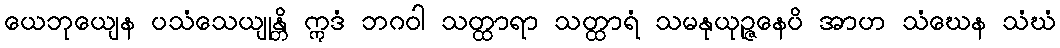
ယေဘုယျေန ပသံသေယျုန္တိ ဣဒံ ဘဂဝါ သတ္ထာရာ သတ္ထာရံ သမနုယုဉ္ဇနေပိ အာဟ သံဃေန သံဃံ